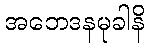
အဘေဒနမုခါနိ